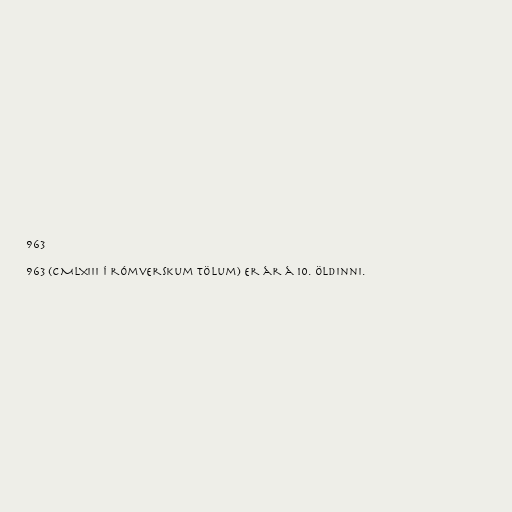
963

963 (CMLXIII í rómverskum tölum) er ár á 10. öldinni.